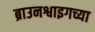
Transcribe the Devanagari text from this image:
ब्राउनश्वाइगच्या